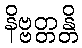
နိဗ္ဗတ္တန္တိ